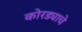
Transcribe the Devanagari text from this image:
कोरड्याचे